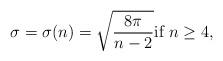
LaTeX: \begin{align*} \sigma=\sigma(n)=\sqrt{\frac{8\pi}{n-2}} \mbox{if}\ n\geq4,\end{align*}